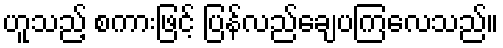
ဟူသည့် စကားဖြင့် ပြန်လည်ချေပကြလေသည်။